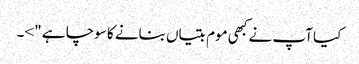
کیا آپ نے کبھی موم بتیاں بنانے کا سوچا ہے ">۔